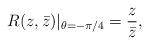
LaTeX: \begin{align*}R(z,\bar{z})|_{\theta=-\pi/4}=\frac{z}{\bar{z}},\end{align*}